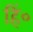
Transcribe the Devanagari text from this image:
हिं०